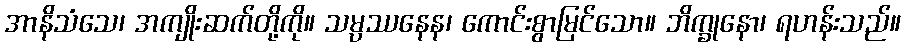
အာနိသံသေ၊ အကျိုးဆက်တို့ကို။ သမ္ပဿနေန၊ ကောင်းစွာမြင်သော။ ဘိက္ခုနော၊ ရဟန်းသည်။